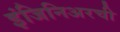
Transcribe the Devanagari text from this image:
इंजिनिअरची